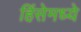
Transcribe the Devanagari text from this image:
हिंसेमध्ये